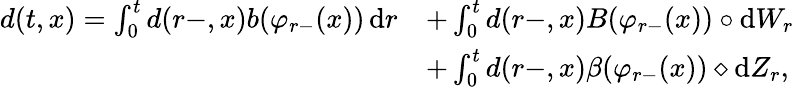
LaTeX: \begin{array}{rl}{d(t,x)=\int_{0}^{t}d(r-,x)b(\varphi_{r-}(x))\, \mathrm{d}r}&{+\int_{0}^{t}d(r-,x)B(\varphi_{r-}(x))\circ\mathrm{d}W_{r}}\\ &{+\int_{0}^{t}d(r-,x)\beta(\varphi_{r-}(x))\diamond\mathrm{d}Z_{r},}\end{array}